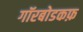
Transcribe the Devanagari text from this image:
गॉरबोडकफ़